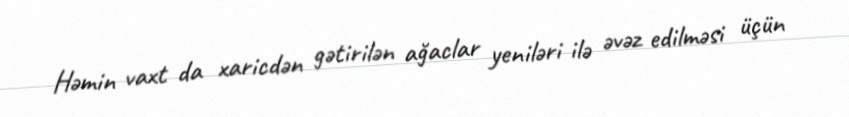
Həmin vaxt da xaricdən gətirilən ağaclar yeniləri ilə əvəz edilməsi üçün